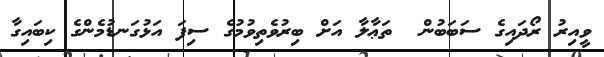
ވީއިރު ރޯދައިގެ ސަބަބުން  ތަޢާލާ އަށް ބިރުވެތިވުމުގެ ސިފަ އަޅުގަނޑުމެންގެ ކިބައިގާ